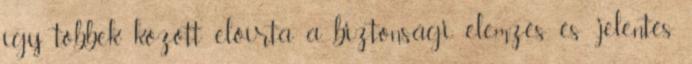
így többek között előírta a biztonsági elemzés és -jelentés,